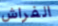
الفراش